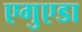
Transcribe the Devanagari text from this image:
एगुएडा